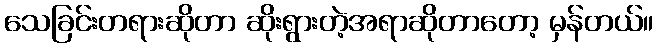
သေခြင်းတရားဆိုတာ ဆိုးရွားတဲ့အရာဆိုတာတော့ မှန်တယ်။